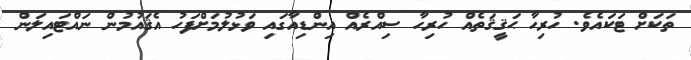
ތަކަށް ޓަކައެވެ. ހުރިހާ ޙަޤީޤަތެއް ހުރިހާ ސިއްރެއް އިންޑިއާގައި ވަޅުލުމަށްފަހު އެޤައުމުން ނައްޓައިލަން